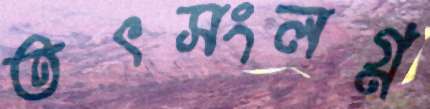
তৎসংলগ্ন